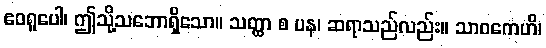
ဧဝရူပေါ၊ ဤသို့သဘောရှိသော။ သတ္ထာ စ ပန၊ ဆရာသည်လည်း။ သာဝကေဟိ၊